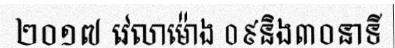
២០១៧ វេលាម៉ោង ០៩និង៣០នាទី